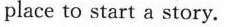
place to start a story.